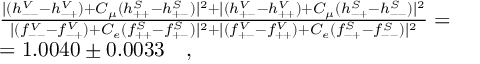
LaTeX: \begin{array} { r l } { { } } & { { \frac { | ( h _ { -- } ^ { V } - h _ { - + } ^ { V } ) + C _ { \mu } ( h _ { + + } ^ { S } - h _ { + - } ^ { S } ) | ^ { 2 } + | ( h _ { + - } ^ { V } - h _ { + + } ^ { V } ) + C _ { \mu } ( h _ { - + } ^ { S } - h _ { -- } ^ { S } ) | ^ { 2 } } { | ( f _ { -- } ^ { V } - f _ { - + } ^ { V } ) + C _ { e } ( f _ { + + } ^ { S } - f _ { + - } ^ { S } ) | ^ { 2 } + | ( f _ { + - } ^ { V } - f _ { + + } ^ { V } ) + C _ { e } ( f _ { - + } ^ { S } - f _ { -- } ^ { S } ) | ^ { 2 } } = } } \\ { { } } & { { = 1 . 0 0 4 0 \pm 0 . 0 0 3 3 \ \ \ , } } \end{array}